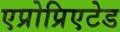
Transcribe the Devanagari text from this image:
एप्रोप्रिएटेड